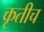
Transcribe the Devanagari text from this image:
कृतीच